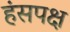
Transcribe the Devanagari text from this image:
हंसपक्ष